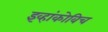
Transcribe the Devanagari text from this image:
इव्हांकोविच